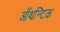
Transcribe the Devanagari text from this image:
ऑथन्टिक